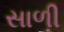
સાળી